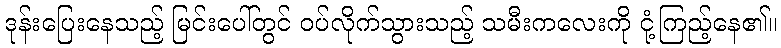
ဒုန်းပြေးနေသည့် မြင်းပေါ်တွင် ဝပ်လိုက်သွားသည့် သမီးကလေးကို ငုံ့ကြည့်နေ၏။